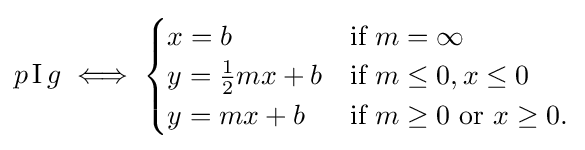
p\,{\textrm {I}}\,g\iff {\begin{cases}x=b&{\text{if }}m=\infty \\y={\frac {1}{2}}mx+b&{\text{if }}m\leq 0,x\leq 0\\y=mx+b&{\text{if }}m\geq 0{\text{ or }}x\geq 0.\end{cases}}